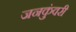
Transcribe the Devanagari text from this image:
जनकुंवरी